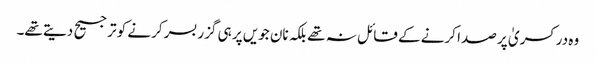
وہ در کسریٰ پر صدا کرنے کے قائل نہ تھے بلکہ نان جویں پر ہی گزر بسر کرنے کو ترجیح دیتے تھے۔